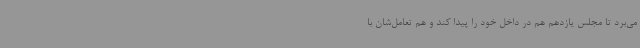
می‌برد تا مجلس یازدهم هم در داخل خود را پیدا کند و هم تعامل‌شان با